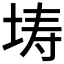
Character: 𭎜